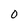
Character: O